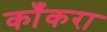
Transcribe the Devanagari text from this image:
काँकरा